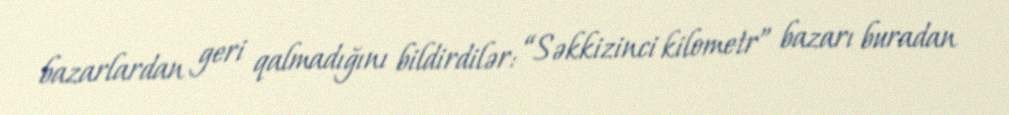
bazarlardan geri qalmadığını bildirdilər: “Səkkizinci kilometr” bazarı buradan